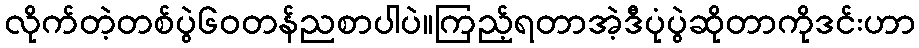
လိုက်တဲ့တစ်ပွဲ၆၀တန်ညစာပါပဲ။ကြည့်ရတာအဲ့ဒီပုံပွဲဆိုတာကိုဒင်းဟာ